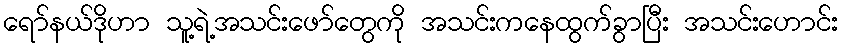
ရော်နယ်ဒိုဟာ သူ့ရဲ့အသင်းဖော်တွေကို အသင်းကနေထွက်ခွာပြီး အသင်းဟောင်း